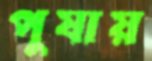
পুষায়